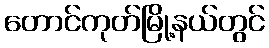
တောင်ကုတ်မြို့နယ်တွင်